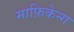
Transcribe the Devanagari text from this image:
माफ़िकेन्ग